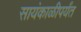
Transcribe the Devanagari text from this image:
सायंकाळीपर्यंत